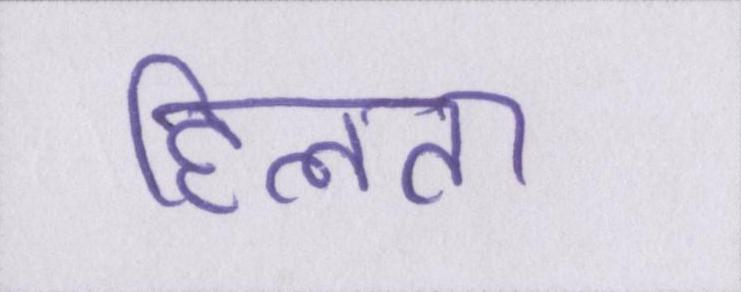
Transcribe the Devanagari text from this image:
हिलता